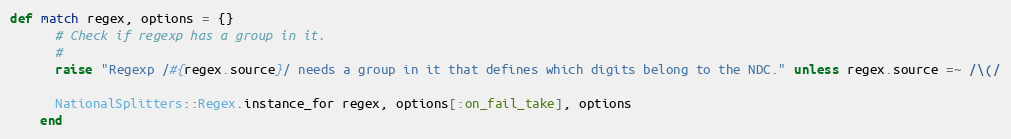
Language: Ruby
def match regex, options = {}
      # Check if regexp has a group in it.
      #
      raise "Regexp /#{regex.source}/ needs a group in it that defines which digits belong to the NDC." unless regex.source =~ /\(/

      NationalSplitters::Regex.instance_for regex, options[:on_fail_take], options
    end